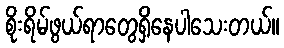
စိုးရိမ်ဖွယ်ရာတွေရှိနေပါသေးတယ်။